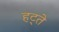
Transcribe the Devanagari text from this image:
हट्ते